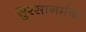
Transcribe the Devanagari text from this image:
सुरसानर्मदा